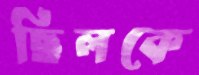
ছিলকে